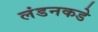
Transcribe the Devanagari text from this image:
लंडनकडे